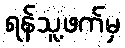
ရန်သူ့ဖက်မှ